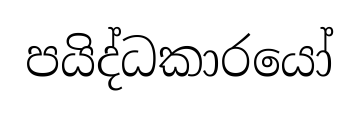
පයිද්ධකාරයෝ